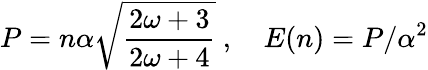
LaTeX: P=n\alpha\sqrt{\frac{2\omega+3}{2\omega+4}}\ ,\ \ \ \ E(n)=P/\alpha^{2}